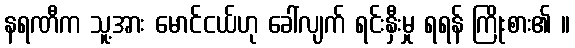
နရဏီက သူ့အား မောင်ငယ်ဟု ခေါ်လျက် ရင်းနှီးမှု ရရန် ကြိုးစား၏ ။